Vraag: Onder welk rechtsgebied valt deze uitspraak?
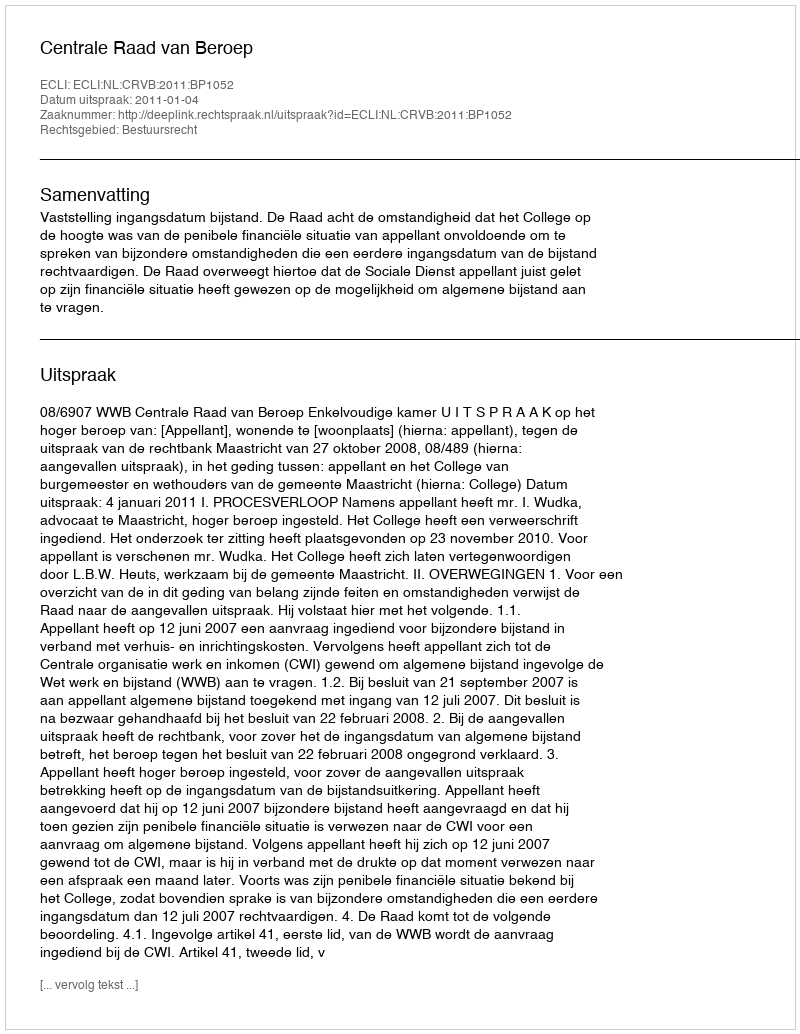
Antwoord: Bestuursrecht